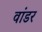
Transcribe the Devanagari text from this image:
वांडर